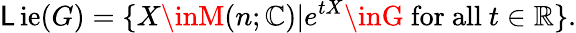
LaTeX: \operatorname{\mathsf{L}ie}(G)=\{ X\inM(n;\mathbb{{C}})|e^{tX}\inG{\mathrm{{~for~all~}}}t\in\mathbb{{\mathbb{{R}}}}\} .